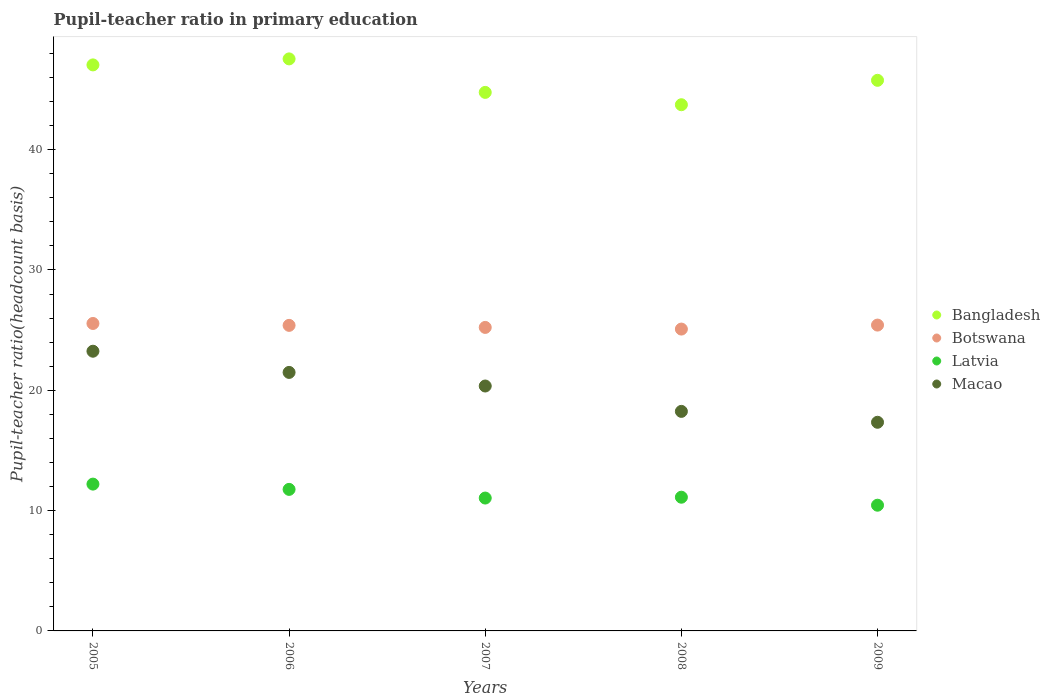
| Years | Bangladesh | Botswana | Latvia | Macao |
 | --- | --- | --- | --- | --- |
 | 2005 | 47 | 25.6 | 12.2 | 23.2 |
 | 2006 | 47.5 | 25.4 | 11.8 | 21.5 |
 | 2007 | 44.8 | 25.2 | 11 | 20.4 |
 | 2008 | 43.7 | 25.1 | 11.1 | 18.2 |
 | 2009 | 45.8 | 25.4 | 10.4 | 17.3 |